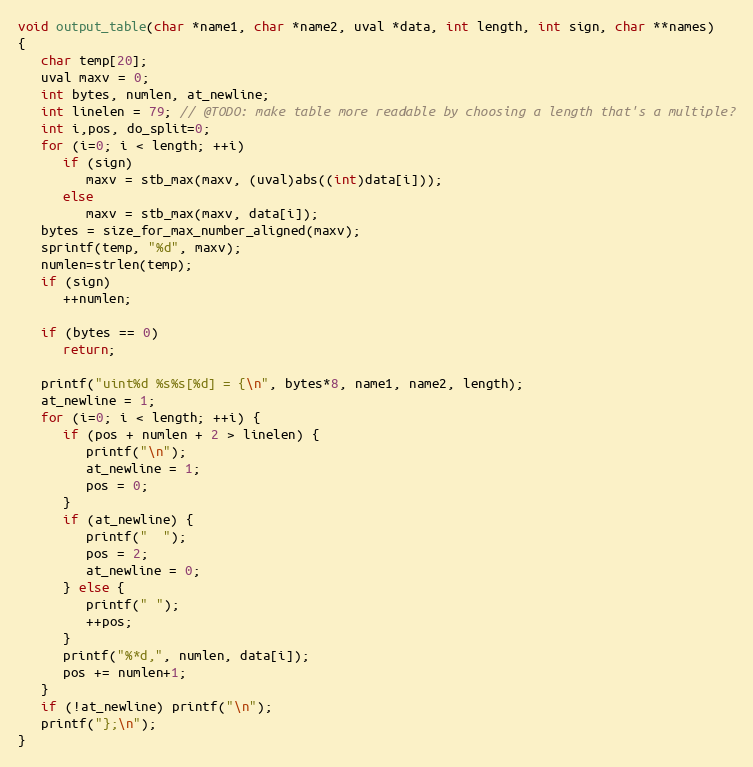
Language: C
void output_table(char *name1, char *name2, uval *data, int length, int sign, char **names)
{
   char temp[20];
   uval maxv = 0;
   int bytes, numlen, at_newline;
   int linelen = 79; // @TODO: make table more readable by choosing a length that's a multiple?
   int i,pos, do_split=0;
   for (i=0; i < length; ++i)
      if (sign)
         maxv = stb_max(maxv, (uval)abs((int)data[i]));
      else
         maxv = stb_max(maxv, data[i]);
   bytes = size_for_max_number_aligned(maxv);
   sprintf(temp, "%d", maxv);
   numlen=strlen(temp);
   if (sign)
      ++numlen;

   if (bytes == 0)
      return;

   printf("uint%d %s%s[%d] = {\n", bytes*8, name1, name2, length);
   at_newline = 1;
   for (i=0; i < length; ++i) {
      if (pos + numlen + 2 > linelen) {
         printf("\n");
         at_newline = 1;
         pos = 0;
      }
      if (at_newline) {
         printf("  ");
         pos = 2;
         at_newline = 0;
      } else {
         printf(" ");
         ++pos;
      }
      printf("%*d,", numlen, data[i]);
      pos += numlen+1;
   }
   if (!at_newline) printf("\n");
   printf("};\n");
}